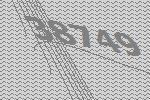
38749